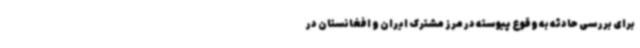
برای بررسی حادثه به‌ وقوع پیوسته در مرز مشترک ایران و افغانستان در